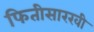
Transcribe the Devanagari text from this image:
फितीसारखी